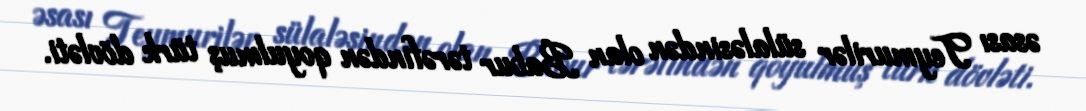
əsası Teymurilər sülaləsindən olan Babur tərəfindən qoyulmuş türk dövləti.